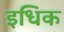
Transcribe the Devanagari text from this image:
इधिक